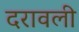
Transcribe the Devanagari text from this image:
दरावली